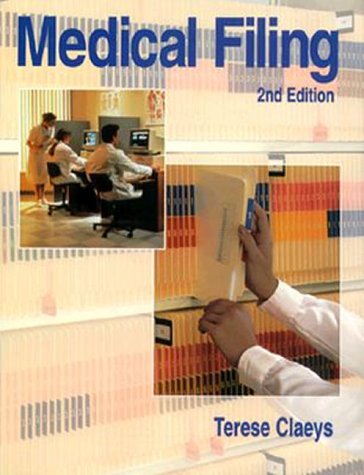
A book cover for Medical Filing; Therese Claeys; Medical Books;